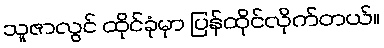
သူဇာလွင် ထိုင်ခုံမှာ ပြန်ထိုင်လိုက်တယ်။